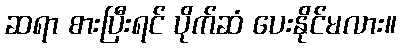
ဆရာ စားပြီးရင် ပိုက်ဆံ ပေးနိုင်မလား။